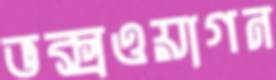
ভক্সওয়াগন